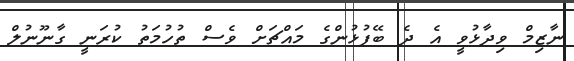
ނާޒިމް ވިދާޅުވީ އެ ދެ ބޭފުޅުންގެ މައްޗަށް ވެސް ތުހުމަތު ކުރަނީ ގާނޫނުލް